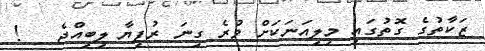
ޒަކާތުގެ ގޮތުގައި މިލިއަނަކަށް ވުރެ ގިނަ ރުފިޔާ ލިބިއްޖެ   !